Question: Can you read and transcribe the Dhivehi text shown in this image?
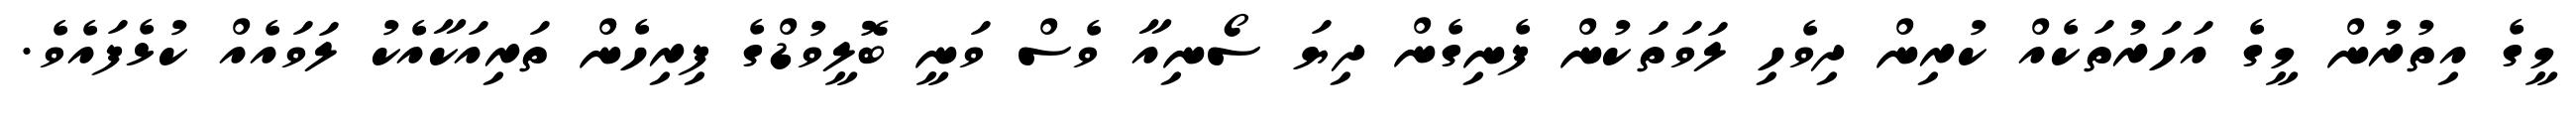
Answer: މީގެ އިތުރުން މީގެ އަހަރުތަކެއް ކުރިން ދިވެހި ލަވަތަކުން ފެނިގެން ދިޔަ ސޯނިއާ ވެސް ވަނީ ބޮލީވުޑްގެ ފިރިހެން ތަރިއަކާއެކު ލަވައެއް ކުޅެފައެވެ.